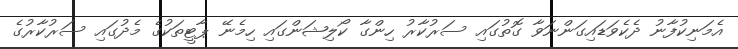
އެމަނިކުފާނު ދެކެވަޑައިގަންނަވާ ގޮތުގައި ސަރުކާރު ހިންގާ ކޯލިޝަންގައި ހިމެނޭ ޕާޓީތަކުގެ މެދުގައި ސަރުކާރުގެ